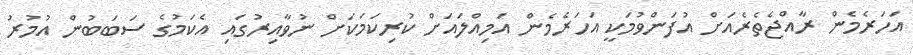
އަހަރެމެން ރާއްޖެތެރެއަށް އުފަންވުމަކީ އަހަރެމެން އަމިއްލައަށް ކުރިކަމަކަށް ނުވާއިރުގައި އެކަމުގެ ސަބަބުން އުމުރު